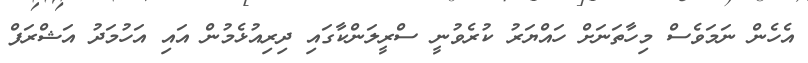
އެހެން ނަމަވެސް މިހާތަނަށް ހައްޔަރު ކުރެވުނީ ސްރީލަންކާގައި ދިރިއުޅެމުން އައި އަހުމަދު އަޝްރަފް